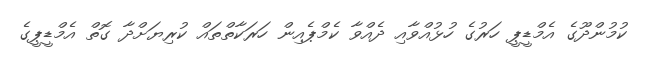
ކުމުންދޫގެ އެމްޑީޕީ ހަރުގެ ހުޅުއްވާއި ދެއްވާ ކެމްޕެއިން ހަރަކާތްތައް ކުރިޔަށްދާ ގޮތް އެމްޑީޕީގެ